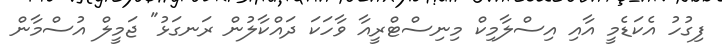
ފިގުހު އެކަޑެމީ އާއި އިސްލާމިކް މިނިސްޓްރީއާ ވާހަކަ ދައްކާލުން ރަނގަޅު" ޖަމީލް އުސްމާން